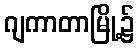
ဂျကာတာမြို့၌